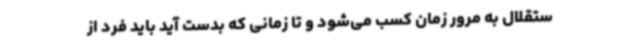
ستقلال به مرور زمان کسب می‌شود و تا زمانی که بدست آید باید فرد از